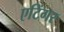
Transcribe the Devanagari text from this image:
एटिंगर